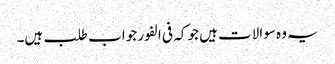
یہ وہ سوالات ہیں جو کہ فی الفور جواب طلب ہیں۔